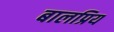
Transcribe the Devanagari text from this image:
बालप्रिय